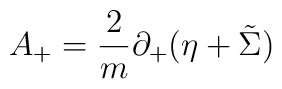
A_+ = {\frac{2}{m}} \partial_+ (\eta + \tilde{\Sigma})